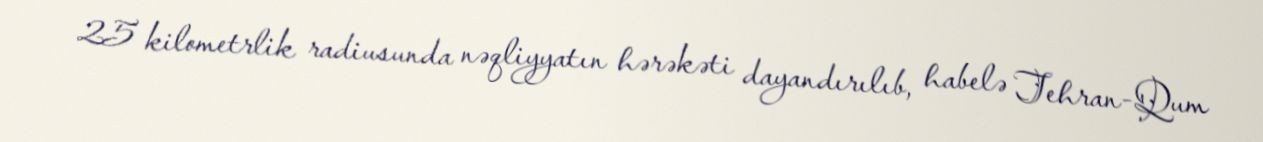
25 kilometrlik radiusunda nəqliyyatın hərəkəti dayandırılıb, habelə Tehran-Qum